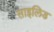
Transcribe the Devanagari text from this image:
साइलिड